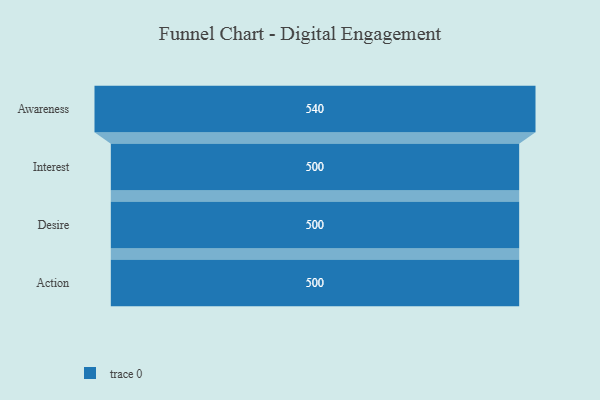
{"axis": {"x": "Stage", "y": "Value"}, "legend": [""], "data": [{"x": "Awareness", "y": 540.0, "type": ""}, {"x": "Interest", "y": 500, "type": ""}, {"x": "Desire", "y": 500, "type": ""}, {"x": "Action", "y": 500, "type": ""}]}